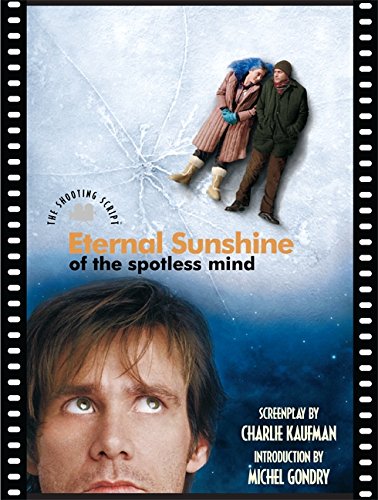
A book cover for Eternal Sunshine of the Spotless Mind: The Shooting Script; Charlie Kaufman; Humor & Entertainment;